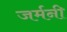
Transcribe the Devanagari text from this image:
जर्मनी